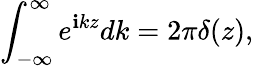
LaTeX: \int_{-\infty}^{\infty}e^{\mathbf{i}kz}dk=2\pi\delta(z),